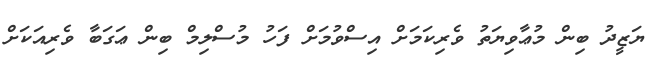
ޔަޒީދު ބިން މުޢާވިޔަތު ވެރިކަމަށް އިސްވުމަށް ފަހު މުސްލިމް ބިން ޢަގަބާ ވެރިއަކަށް